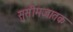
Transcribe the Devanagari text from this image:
सुसीमजातक